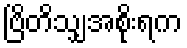
ဗြိတိသျှအစိုးရက